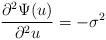
LaTeX: \begin{align*}\frac{ \partial^2 \Psi(u)}{\partial^2 u} = -\sigma^2\end{align*}